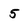
Character: 5